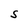
Character: S